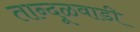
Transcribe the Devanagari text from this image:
तान्दूळवाडी